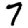
Digit: 7